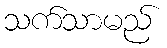
သက်သာမည်